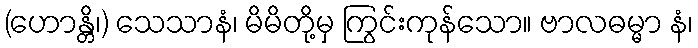
(ဟောန္တိ၊) သေသာနံ၊ မိမိတို့မှ ကြွင်းကုန်သော။ ဗာလဓမ္မာ နံ၊